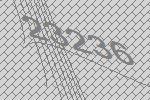
23236